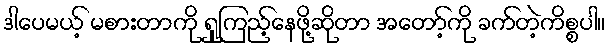
ဒါပေမယ့် မစားတာကို ရှုကြည့်နေဖို့ဆိုတာ အတော့်ကို ခက်တဲ့ကိစ္စပါ။